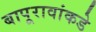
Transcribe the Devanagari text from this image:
बापूरावांकडे